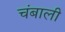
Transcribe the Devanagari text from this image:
चंबाली